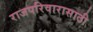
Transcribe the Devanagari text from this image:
राजपरिवारासाठी